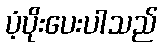
ပံ့ပိုးပေးပါသည်